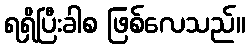
ရရှိပြီးခါစ ဖြစ်လေသည်။